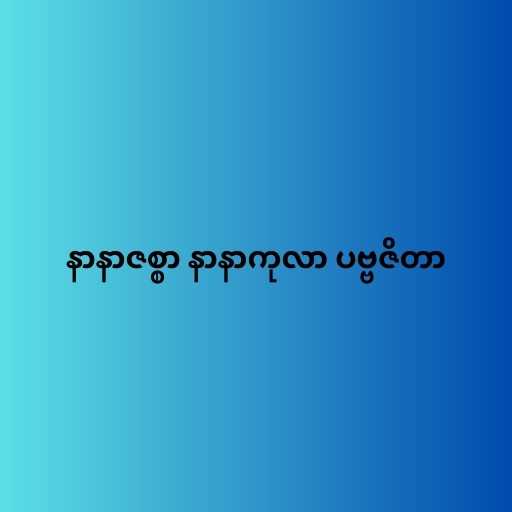
နာနာဇစ္စာ နာနာကုလာ ပဗ္ဗဇိတာ